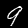
Label: 9